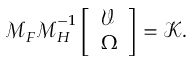
\boldsymbol { \mathcal { M } } _ { F } \boldsymbol { \mathcal { M } } _ { H } ^ { - 1 } \left[ \begin{array} { l } { \boldsymbol { \mathcal { V } } } \\ { \boldsymbol { { \Omega } } } \end{array} \right] = \boldsymbol { \mathcal { K } } .